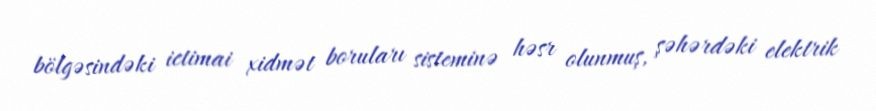
bölgəsindəki ictimai xidmət boruları sisteminə həsr olunmuş, şəhərdəki elektrik